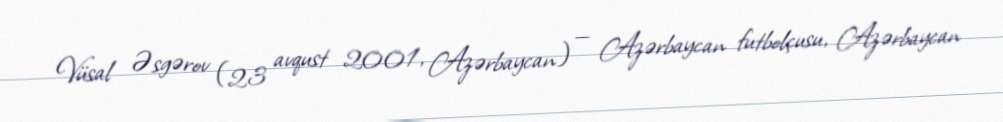
Vüsal Əsgərov (23 avqust 2001, Azərbaycan) — Azərbaycan futbolçusu, Azərbaycan